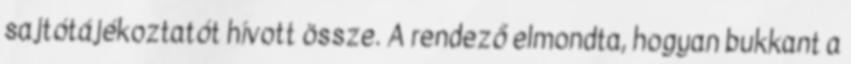
sajtótájékoztatót hívott össze. A rendező elmondta, hogyan bukkant a